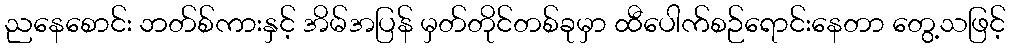
ညနေစောင်း ဘတ်စ်ကားနှင့် အိမ်အပြန် မှတ်တိုင်တစ်ခုမှာ ထီပေါက်စဉ်ရောင်းနေတာ တွေ့သဖြင့်